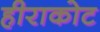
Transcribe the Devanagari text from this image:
हीराकोट